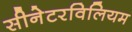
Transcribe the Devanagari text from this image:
सीनेटरविलियम